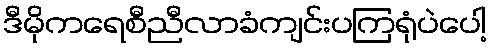
ဒီမိုကရေစီညီလာခံကျင်းပကြရုံပဲပေါ့